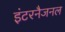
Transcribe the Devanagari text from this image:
इंटरनैजनल